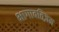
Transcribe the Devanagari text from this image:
भागावतिज़म